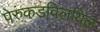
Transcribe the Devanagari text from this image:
पेरुंकडविलयिल